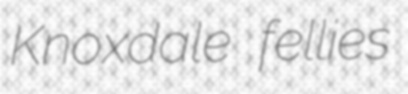
Knoxdale fellies